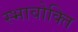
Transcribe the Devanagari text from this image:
स्भावोक्ति